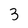
Character: 3